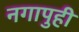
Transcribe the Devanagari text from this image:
नगापुही